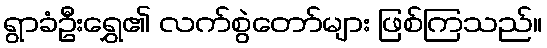
ရွာခံဦးရွှေ၏ လက်စွဲတော်များ ဖြစ်ကြသည်။